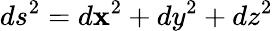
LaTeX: ds^{2}=d\mathbf{x}^{2}+dy^{2}+dz^{2}